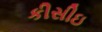
કીસીઇ